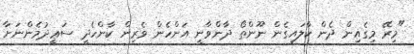
"މިރޭ މިގެއިން ދެން ކާލައިގެން ނޫންތޯ ދާންވާނީ އަންހެން ވެރިން ކާންހެދީ ސަޢީދުމެންނަށާ